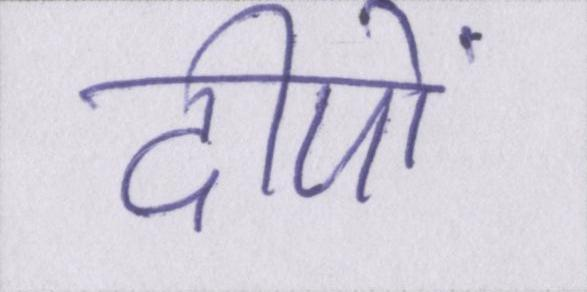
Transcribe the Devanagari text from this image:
दीपों